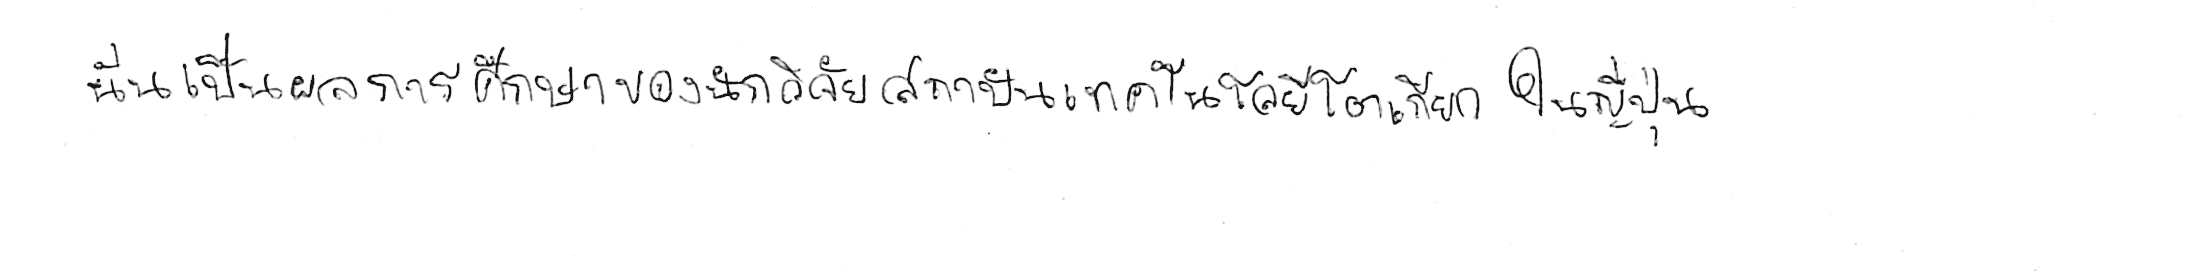
นั่นเป็นผลการศึกษาของนักวิจัยสถาบันเทคโนโลยีโตเกียว ในญี่ปุ่น